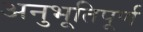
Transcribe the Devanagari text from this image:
अनुभूतिपूर्ण